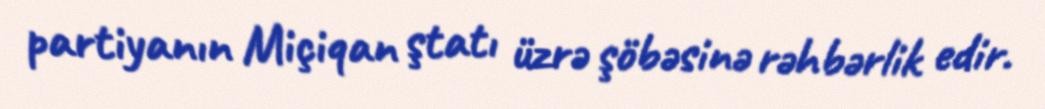
partiyanın Miçiqan ştatı üzrə şöbəsinə rəhbərlik edir.